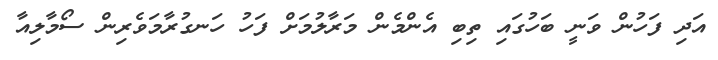
އަދި ފަހުން ވަނީ ބަހުގައި ތިބި އެންމެން މަރާލުމަށް ފަހު ހަނގުރާމަވެރިން ސޯމާލިއާ